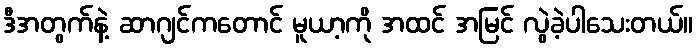
ဒီအတွက်နဲ့ ဆာဂျင်ကတောင် မူယာ့ကို အထင် အမြင် လွဲခဲ့ပါသေးတယ်။